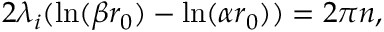
2 \lambda _ { i } ( \ln ( \beta r _ { 0 } ) - \ln ( \alpha r _ { 0 } ) ) = 2 \pi n ,